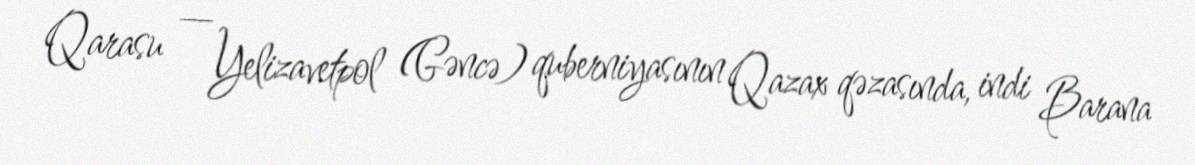
Qarasu — Yelizavetpol (Gəncə) quberniyasının Qazax qəzasında, indi Barana